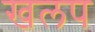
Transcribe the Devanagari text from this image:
खलप